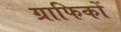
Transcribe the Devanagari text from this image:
ग्राफिकों